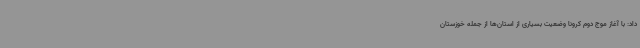
داد: با آغاز موج دوم کرونا وضعیت بسیاری از استان‌ها از جمله خوزستان